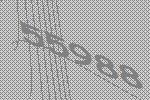
55988